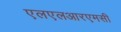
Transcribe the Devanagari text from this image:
एलएलआरएमसी